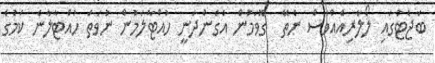
ބަޖެޓުގައި ލޯލާރިއެއްވެސް ނެތޭ  ގޮވަމުން އެގެންދަނީ ހުއްޓާލަމުން ނުވަތަ ހުއްޓާލާނެ ކަމުގެ